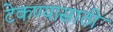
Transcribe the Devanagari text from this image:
टेकण्यासाठी